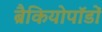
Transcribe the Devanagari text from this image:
ब्रैकियोपॉडों